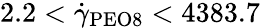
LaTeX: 2.2<\dot{\gamma}_{\mathrm{PEO8}}<4383.7